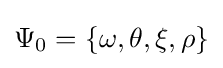
\Psi _{0}=\{\omega ,\theta ,\xi ,\rho \}